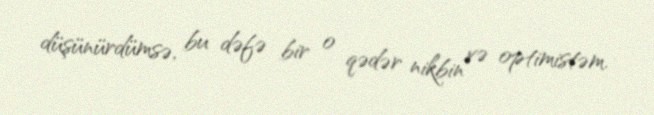
düşünürdümsə, bu dəfə bir o qədər nikbin və optimistəm.